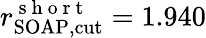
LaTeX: r_{\mathrm{SOAP,cut}}^{\mathrm{~s~h~o~r~t~}}=1.940